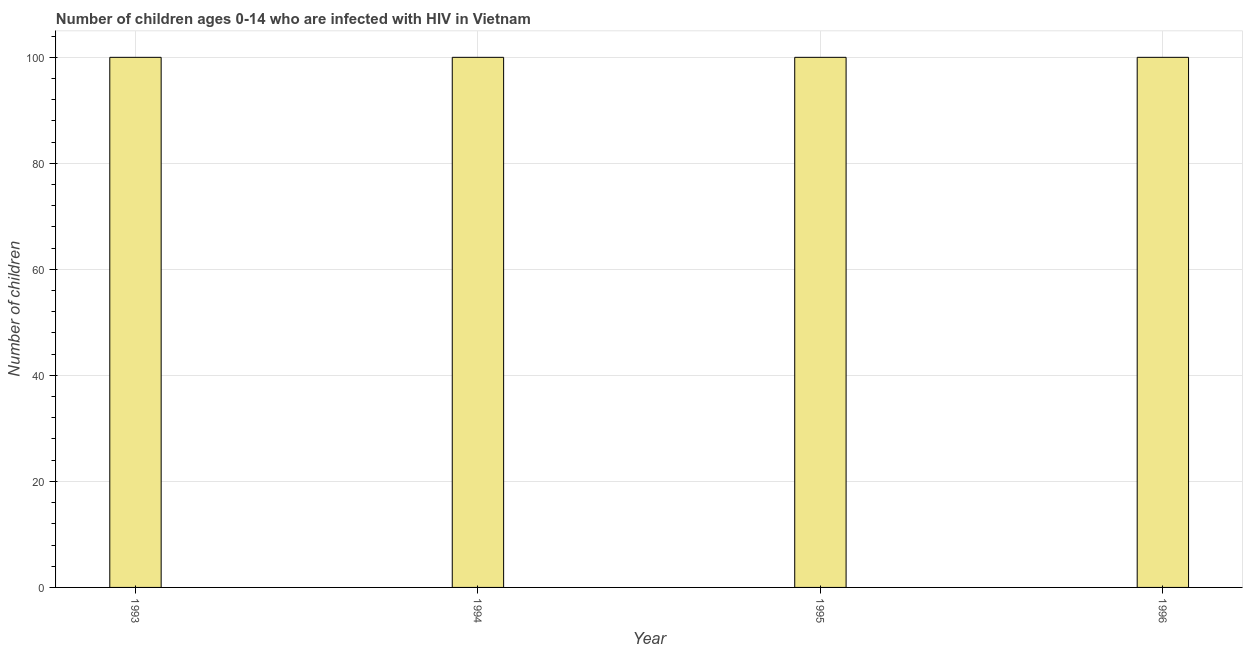
| Year | Children (0-14) living with HIV |
 | --- | --- |
 | 1993 | 100 |
 | 1994 | 100 |
 | 1995 | 100 |
 | 1996 | 100 |